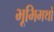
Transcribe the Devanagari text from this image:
भूमिमथो